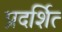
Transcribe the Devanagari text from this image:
प्रदर्शित्‍